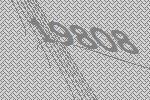
19808